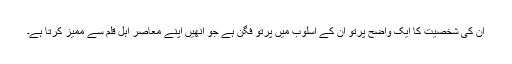
ان کی شخصیت کا ایک واضح پرتو ان کے اسلوب میں پرتو فگن ہے جو انھیں اپنے معاصر اہل قلم سے ممیز کرتا ہے۔